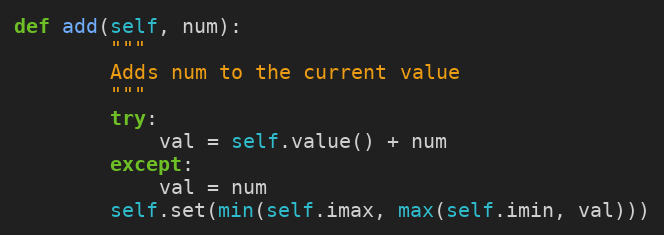
Language: Python
def add(self, num):
        """
        Adds num to the current value
        """
        try:
            val = self.value() + num
        except:
            val = num
        self.set(min(self.imax, max(self.imin, val)))